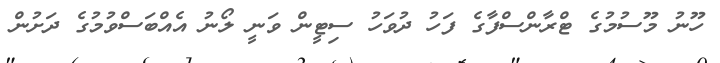
ހޫނު މޫސުމުގެ ޓްރާންސްފާގެ ފަހު ދުވަހު ސިޓީން ވަނީ ލޯނު އެއްބަސްވުމުގެ ދަށުން